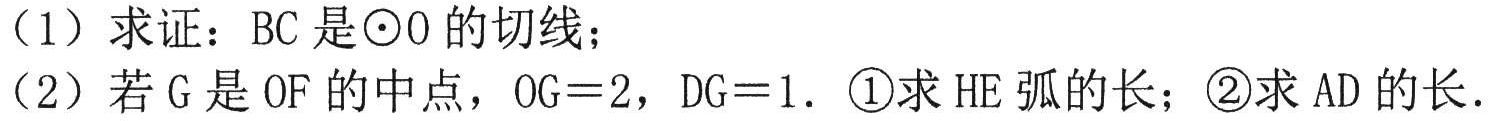
（1）求证：BC是\(\odot O\)的切线；
（2）若G是OF的中点，\(OG = 2\)，\(DG = 1\). \textcircled{1}求\(\overset{\frown}{HE}\)的长；\textcircled{2}求AD的长.